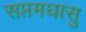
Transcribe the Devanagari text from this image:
सप्तमघासु